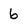
Character: 6